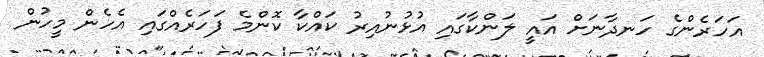
އަހަރެންގެ ހަނދާނަށް އައީ ލަންކާގައި އުޅުނުއިރު ކައްކާ ކޮންމެ ފަހަރެއްގައި އެހެން މީހުން